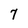
Character: 7